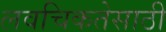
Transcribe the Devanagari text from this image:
लवचिकतेसाठी